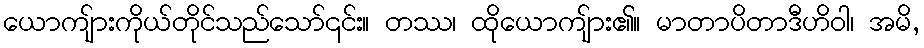
ယောကျ်ားကိုယ်တိုင်သည်သော်၎င်း။ တဿ၊ ထိုယောကျ်ား၏။ မာတာပိတာဒီဟိဝါ၊ အမိ,